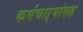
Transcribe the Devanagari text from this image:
कर्मचाऱ्यांसह